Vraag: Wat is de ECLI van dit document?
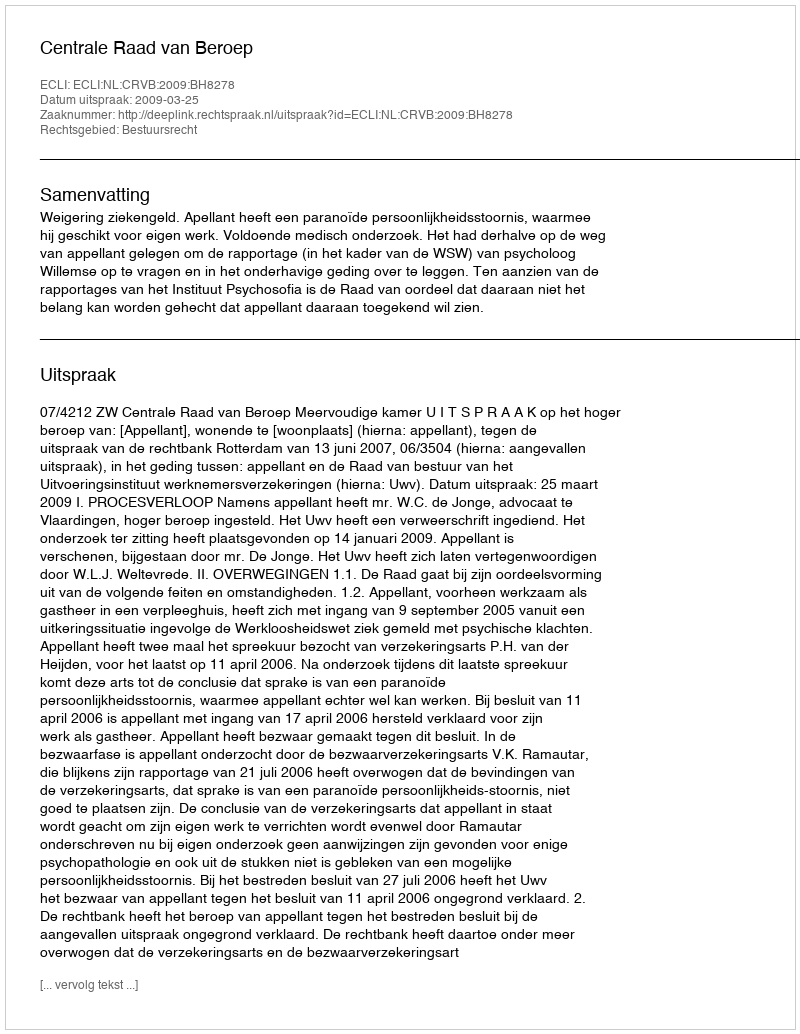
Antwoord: ECLI:NL:CRVB:2009:BH8278